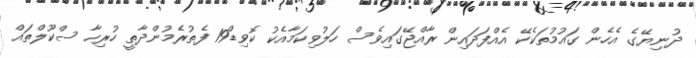
ދުނިޔޭގެ އެހެން ގައުމުތަކެކޭ އެއްފަދައިން ރާއްޖޭގައިވެސް ހަލުވިކަމާއެކު ކޮވިޑް19 ފެތުރެމުންދާތީ ހުރިހާ ސްކޫލްތައް